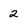
Character: 2